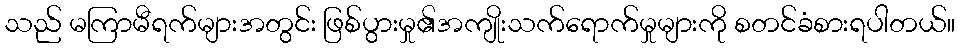
သည် မကြာမီရက်များအတွင်း ဖြစ်ပွားမှု၏အကျိုးသက်ရောက်မှုများကို စတင်ခံစားရပါတယ်။